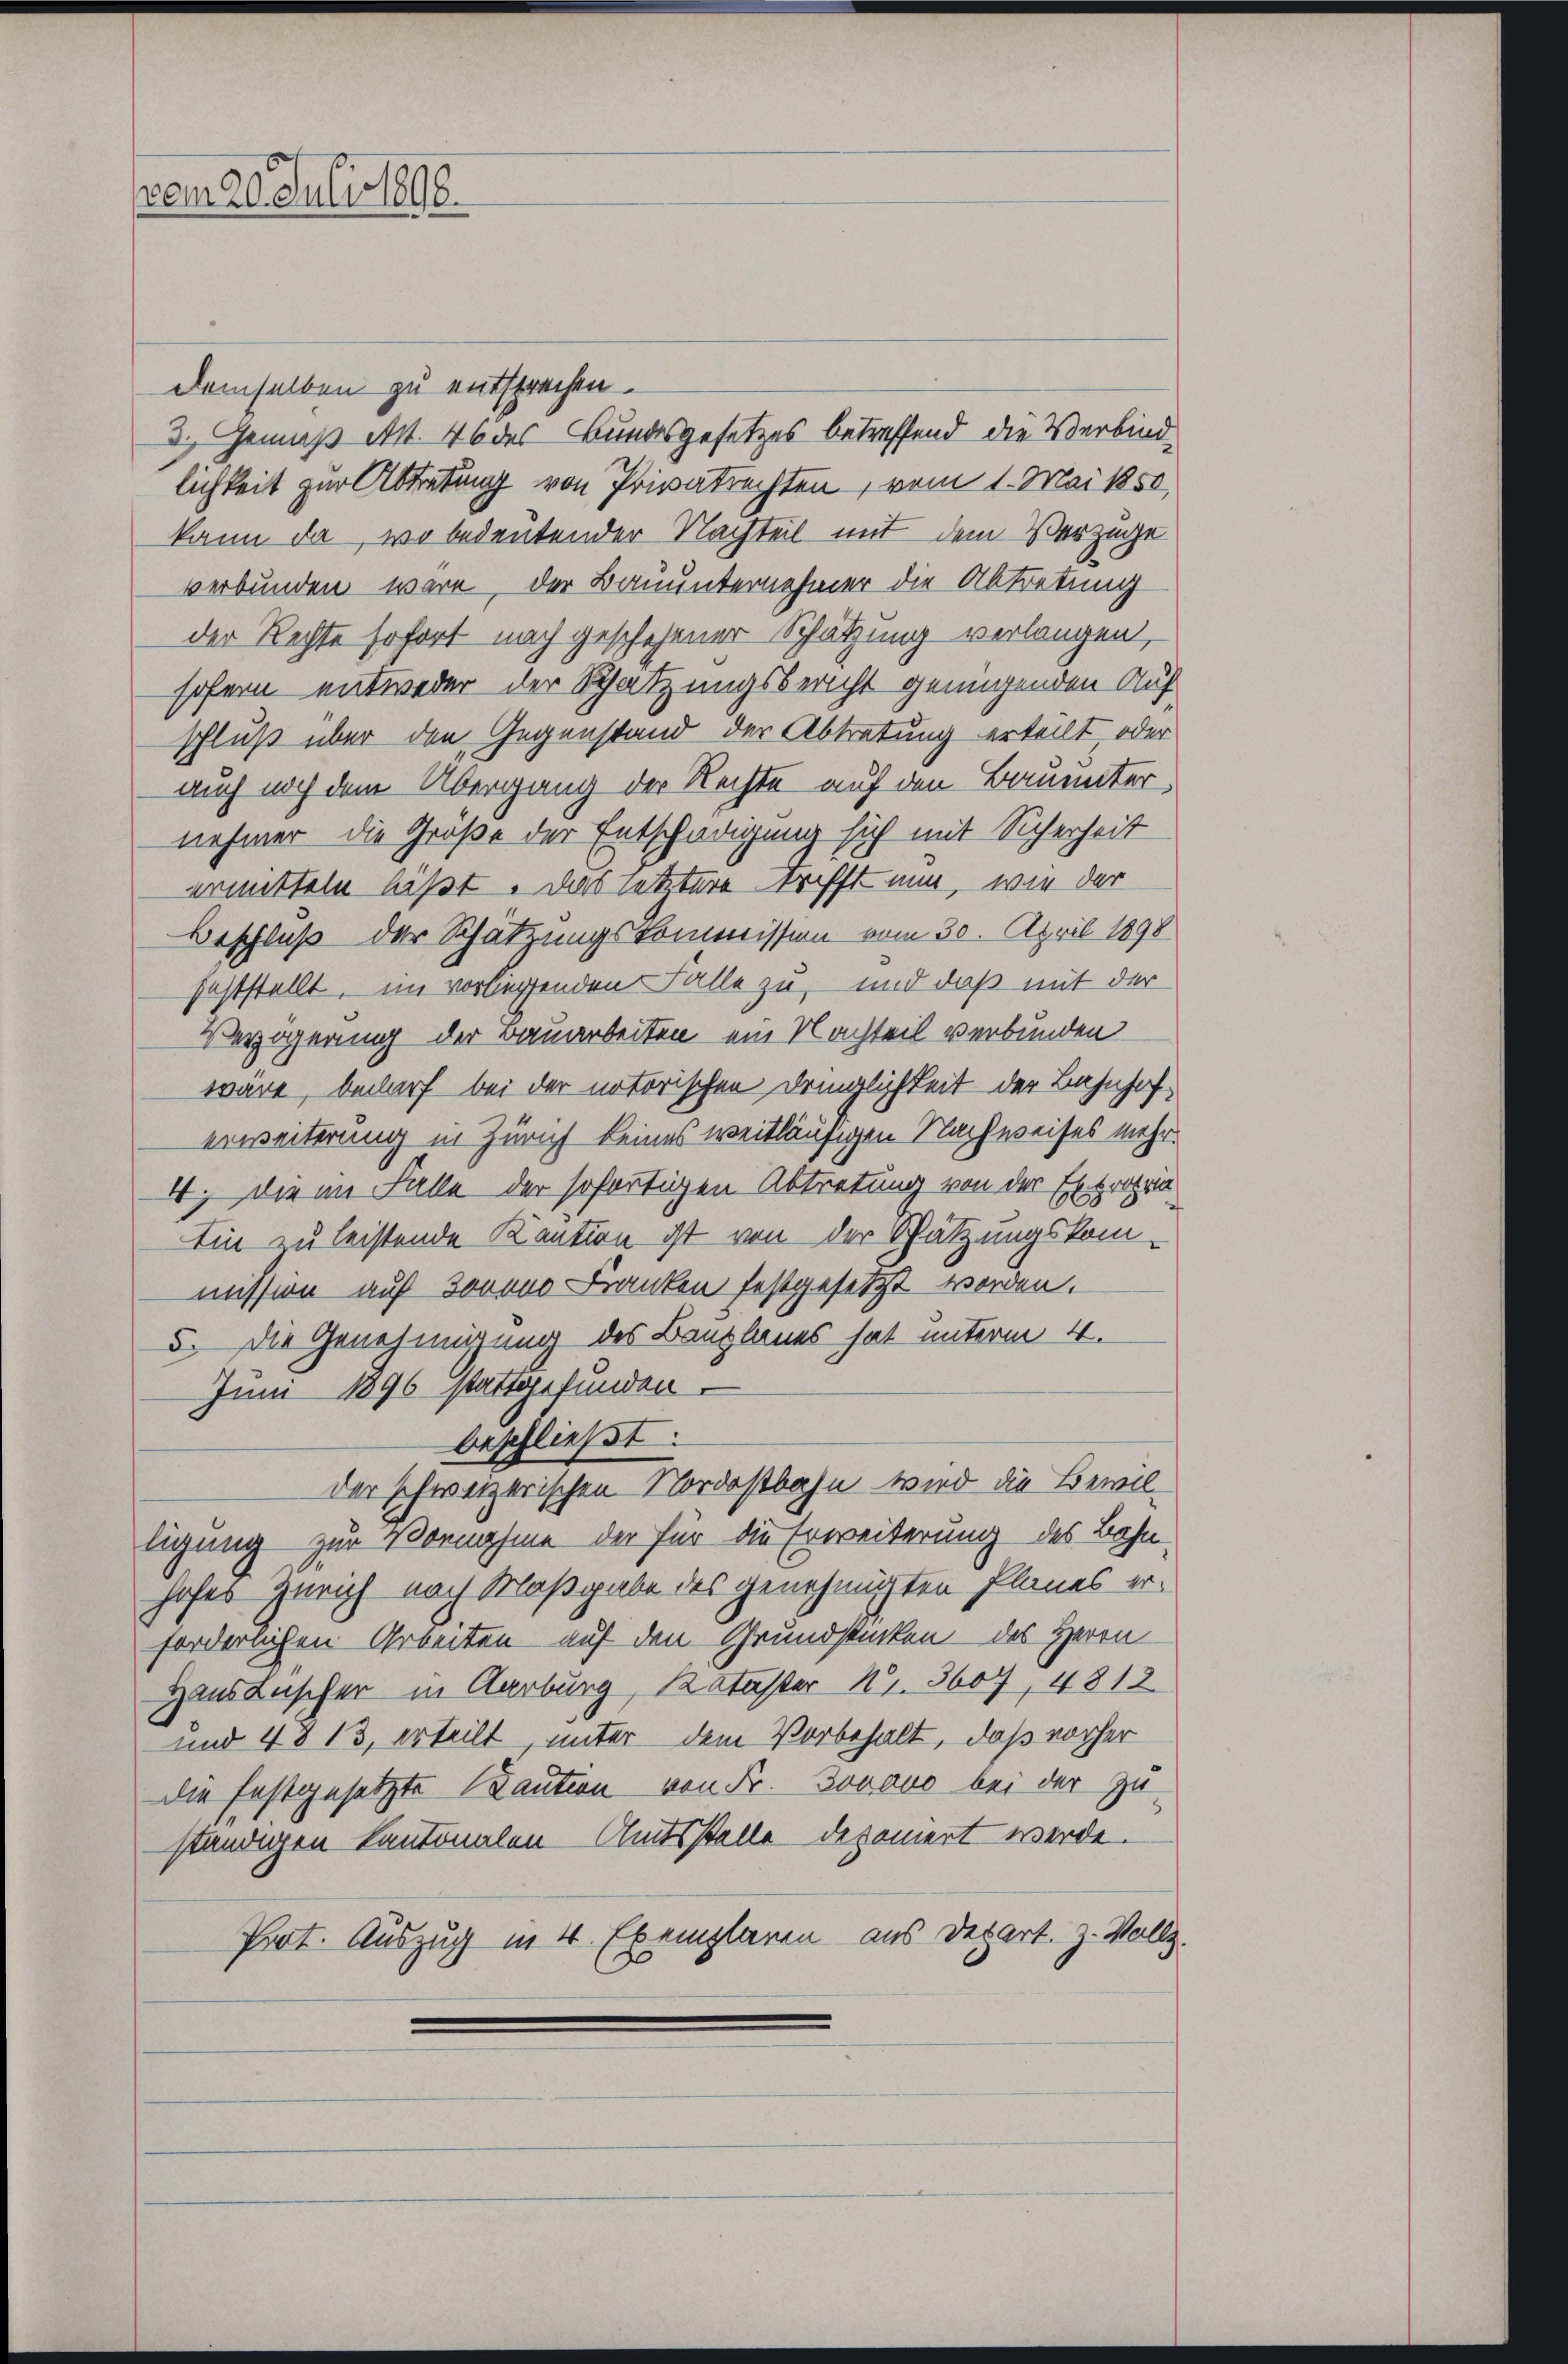
vom 20. Juli 1898.

demselben zu entsprechen.
3. Gemäß Art. 46 des Bundesgesetzes betreffend die Verbindlichkeit zur Abtretung von Privatrechten, vom 1. Mai 150,
kann da, wo bedeutender Nachteil mit dem Verzüge
verbunden wäre, der Bauunternehmer die Abtretung
der Rechte sofort nach geschehener Schätzung verlangen,
sofern entweder der Satzungsbericht genügenden Auf
schluß über den Gegenstand der Abtretung erteilt, oder
auch noch dem Übergang der Rechte auf den Bauunternehmer die Größe der Entschädigung sich mit Sicherheit
ermitteln läßt. Das letztere Krifft nun, wie der
Beschluß der Schätzungskommission vom 30. April 1898
feststellt, im vorliegenden Falle zu, und daß mit der
Verzögerung der Bauarbeiten ein Nachteil verbunden
wäre, bedarf bei der notorischen Dringlichkeit der Bahnhoferweiterung in Zürich keines weitläufigen Nachweises mehr¬
4.) Die im Falle der sofortigen Abtretung von der Extrahen
Ein zu leistende Kaution ist von der Schätzungskommission auf Jovano Franken festgesetzt worden.
5. Die Genehmigung des Bauplanes hat unterm 4.
Juni 1896 stattgefunden.
beschließt:
der schweizerischen Nordostbahn wird die Bewil-
tigung zur Vornahme der für die Erweiterung des Bahn-
hofes Zürich nach Maßgabe des genehmigten Planes erforderlichen Arbeiten auf den Grundstücken des Herrn
Hausenscher in Aarburg, Kataster Nr. 3607, 4812
und 4813, erteilt unter dem Vorbehalt, daß vorher
die festgesetzte Kaution von Fr. Jovovo bei der Zuständigen Kantonalen Amtsstelle deponiert werde.
Prot. Auszug in 4 Exemplaren aus Depart. Z. Vollz